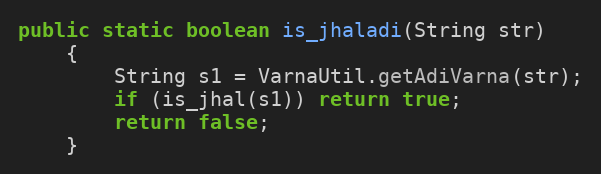
Language: Java
public static boolean is_jhaladi(String str)
    {
        String s1 = VarnaUtil.getAdiVarna(str);
        if (is_jhal(s1)) return true;
        return false;
    }